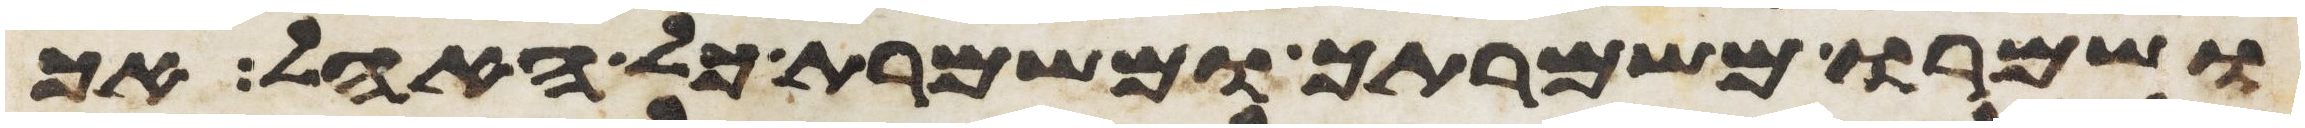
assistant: ושמרו משמרתך ומשמרת כל האהל אך